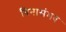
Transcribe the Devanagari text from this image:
बिनासंभव